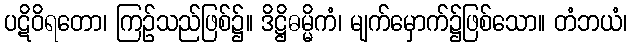
ပဋိဝိရတော၊ ကြဉ်သည်ဖြစ်၌။ ဒိဋ္ဌိဓမ္မိကံ၊ မျက်မှောက်၌ဖြစ်သော။ တံဘယံ၊